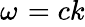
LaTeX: \omega_{}^{}=ck